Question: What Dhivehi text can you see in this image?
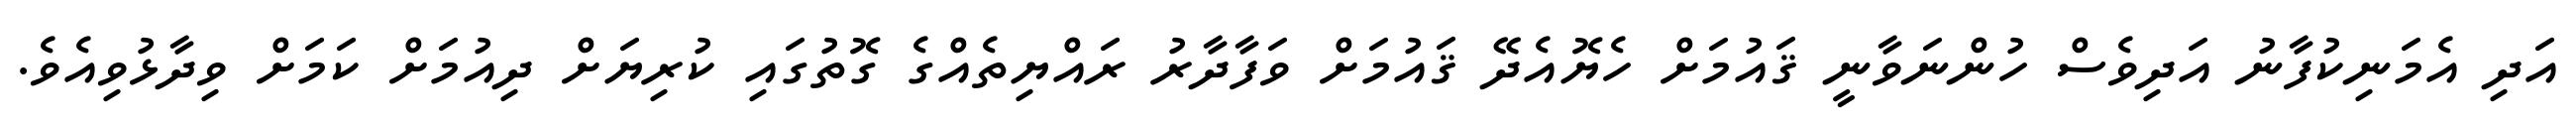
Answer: އަދި އެމަނިކުފާނު އަދިވެސް ހުންނަވާނީ ޤައުމަށް ހެޔޮއެދޭ ޤައުމަށް ވަފާދާރު ރައްޔިތެއްގެ ގޮތުގައި ކުރިޔަށް ދިއުމަށް ކަމަށް ވިދާޅުވިއެވެ.